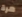
مرة